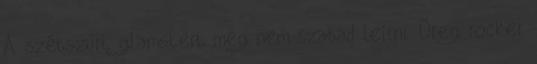
A szétszúrt glamstert még nem szabad leírni. Öreg rocker